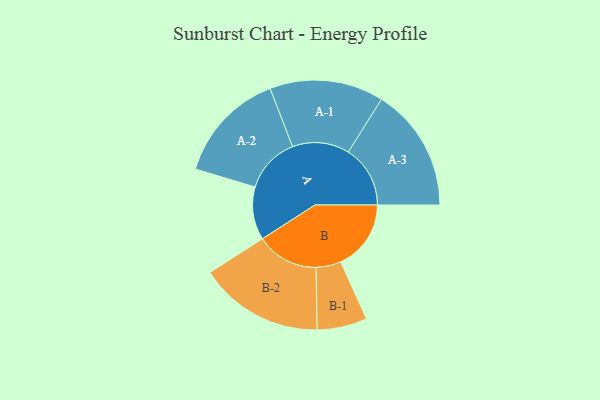
{"axis": {"x": "Segment", "y": "Value"}, "legend": ["", "A", "B"], "data": [{"x": "A", "y": 235, "type": ""}, {"x": "B", "y": 312, "type": ""}, {"x": "A-1", "y": 253, "type": "A"}, {"x": "A-2", "y": 248, "type": "A"}, {"x": "A-3", "y": 275, "type": "A"}, {"x": "B-1", "y": 111, "type": "B"}, {"x": "B-2", "y": 277, "type": "B"}]}